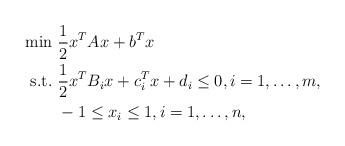
LaTeX: \begin{align*}\begin{aligned}\min&\ \frac{1}{2}x^TAx+b^Tx\\\mbox{s.t.}&\ \frac{1}{2}x^TB_ix+c_i^Tx+d_i\leq0,i=1,\dots,m,\\&\ -1\leq x_i \leq1, i=1,\dots,n,\end{aligned}\end{align*}